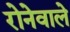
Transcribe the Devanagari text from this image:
रोनेवाले